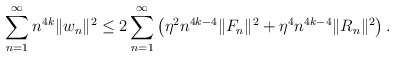
\begin{align*}\sum_{n=1}^\infty n^{4k}\|w_n\|^2\leq 2 \sum_{n=1}^\infty \big( \eta^2n^{4k-4}\|F_n\|^2 +\eta^4 n^{4k-4} \|R_n\|^2\big)\,.\end{align*}